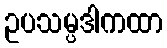
ဥပသမ္ပဒါကထာ